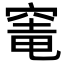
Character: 𮄁